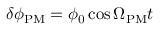
\delta \phi _ { \mathrm { P M } } = \phi _ { 0 } \cos \Omega _ { \mathrm { P M } } t